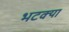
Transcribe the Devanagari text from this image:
भटक्‍या